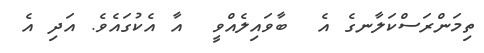
ތިމަންރަސްކަލާނގެ އެ  ބާވައިލެއްވީ  އާ އެކުގައެވެ. އަދި އެ